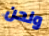
ونحن